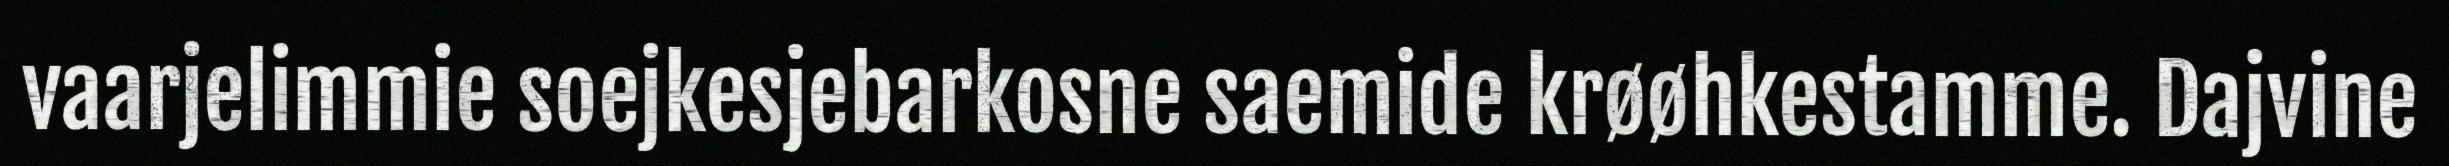
vaarjelimmie soejkesjebarkosne saemide krøøhkestamme. Dajvine